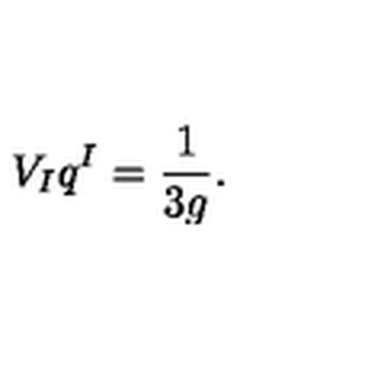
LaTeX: V _ { I } q ^ { I } = \frac { 1 } { 3 g } .